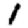
Digit: 1